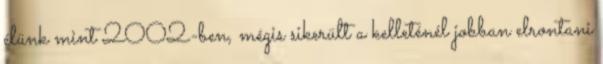
élünk mint 2002-ben, mégis sikerült a kelleténél jobban elrontani